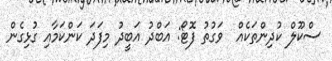
ސްކޫލް ކުދިންތަކެއް  ވަގުތު ފޮޓޯ: އަބްދު އަބީދު މިފަދަ ކަންކަމާއި ގުޅިގެން